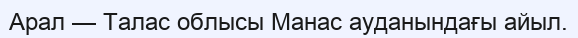
Арал — Талас облысы Манас ауданындағы айыл.